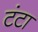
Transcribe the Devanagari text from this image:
टंटा